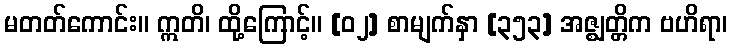
မတတ်ကောင်း။ ဣတိ၊ ထို့ကြောင့်။ [၀၂] စာမျက်နှာ [၃၅၃] အဇ္ဈတ္တိက ဗဟိရာ၊